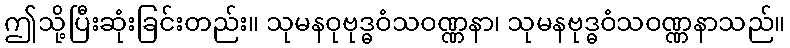
ဤသို့ပြီးဆုံးခြင်းတည်း။ သုမနဝုဗုဒ္ဓဝံသဝဏ္ဏနာ၊ သုမနဗုဒ္ဓဝံသဝဏ္ဏနာသည်။